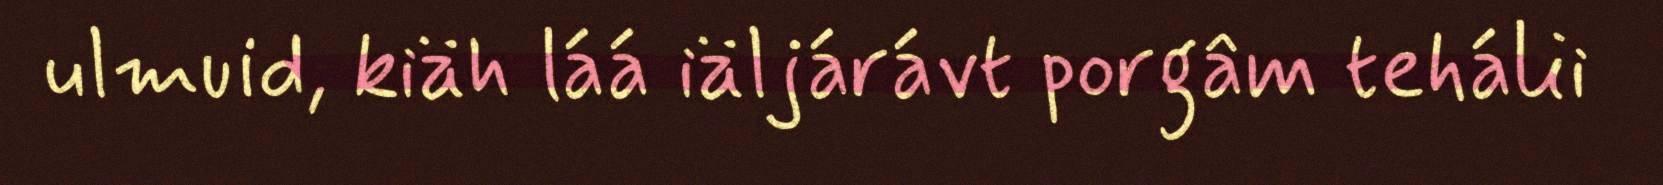
ulmuid, kiäh láá iäljárávt porgâm tehálii